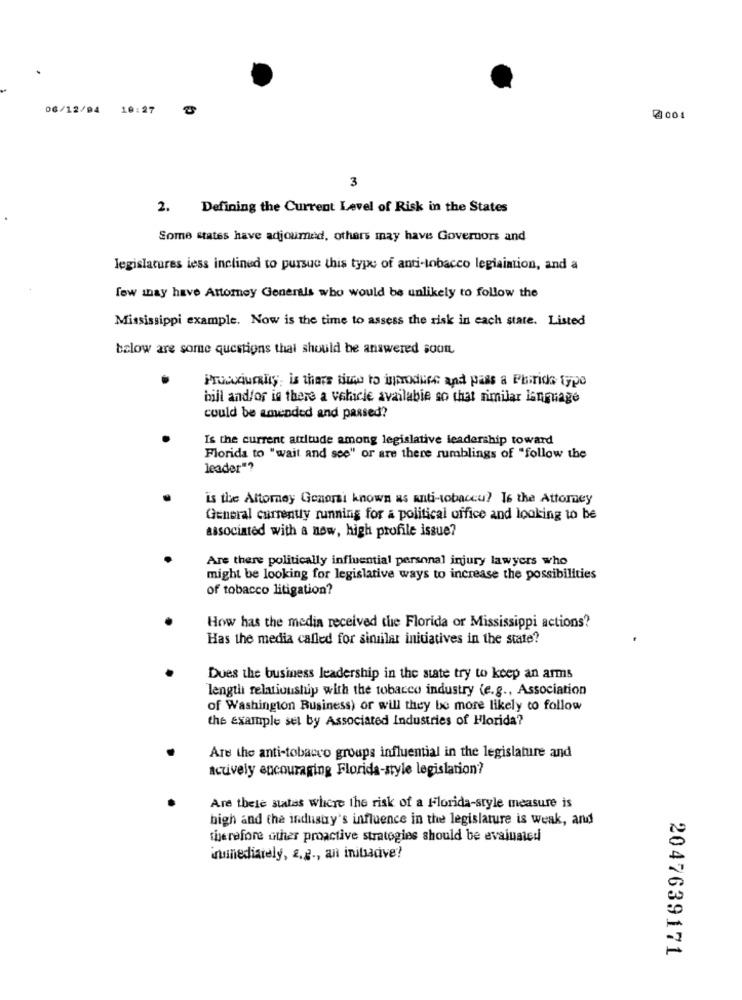
DG/12/04 10:27
2001
3
2. Defining the Current Level of Risk in the States
Some states have adjourned, others may have Governors and
legislatures less inclined to pursue this type of anti-tobacco legiaiation, and a
few may have Attorney Generals who would be unlikely to follow the
Mississippi example. Now is the time to assess the risk in each state. Listed
below are some questions that should be answered soon
Prosciuml; is there time to introduce and pass a Plaride type
bill and/or is there a vehicle available so that nimilar language
could be amended and passed?
Is the current attitude among legislative leadership toward
Florida to "wait and see" or are there rumblings of "follow the
leader"?
is the Attorney General known as anti-tobacco? Is the Attorney
General currently running for a political office and looking to be
associated with a new, high profile issue?
Are there politically influential personal injury lawyers who
might be looking for legislative ways to increase the possibilities
of tobacco litigation?
How has the media received the Florida or Mississippi actions?
Has the media called for similar initiatives in the state?
Dues the business leadership in the state try to keep an arms
length relationship with the tobacco industry (e.g ., Association
of Washington Business) or will they be more likely to follow
the example sel by Associated Industries of Florida?
Are the anti-tobacco groups influential in the legislature and
actively encouraging Florida-style legislation?
Are thele states where the risk of a Florida-style measure is
high and the industry's influence in the legislature is weak, and
therefore other proactive strategies should be evaluated
unediately, 2.2 ., an initsadive?
2047639171